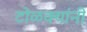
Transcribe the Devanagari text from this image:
टोळक्यांनी